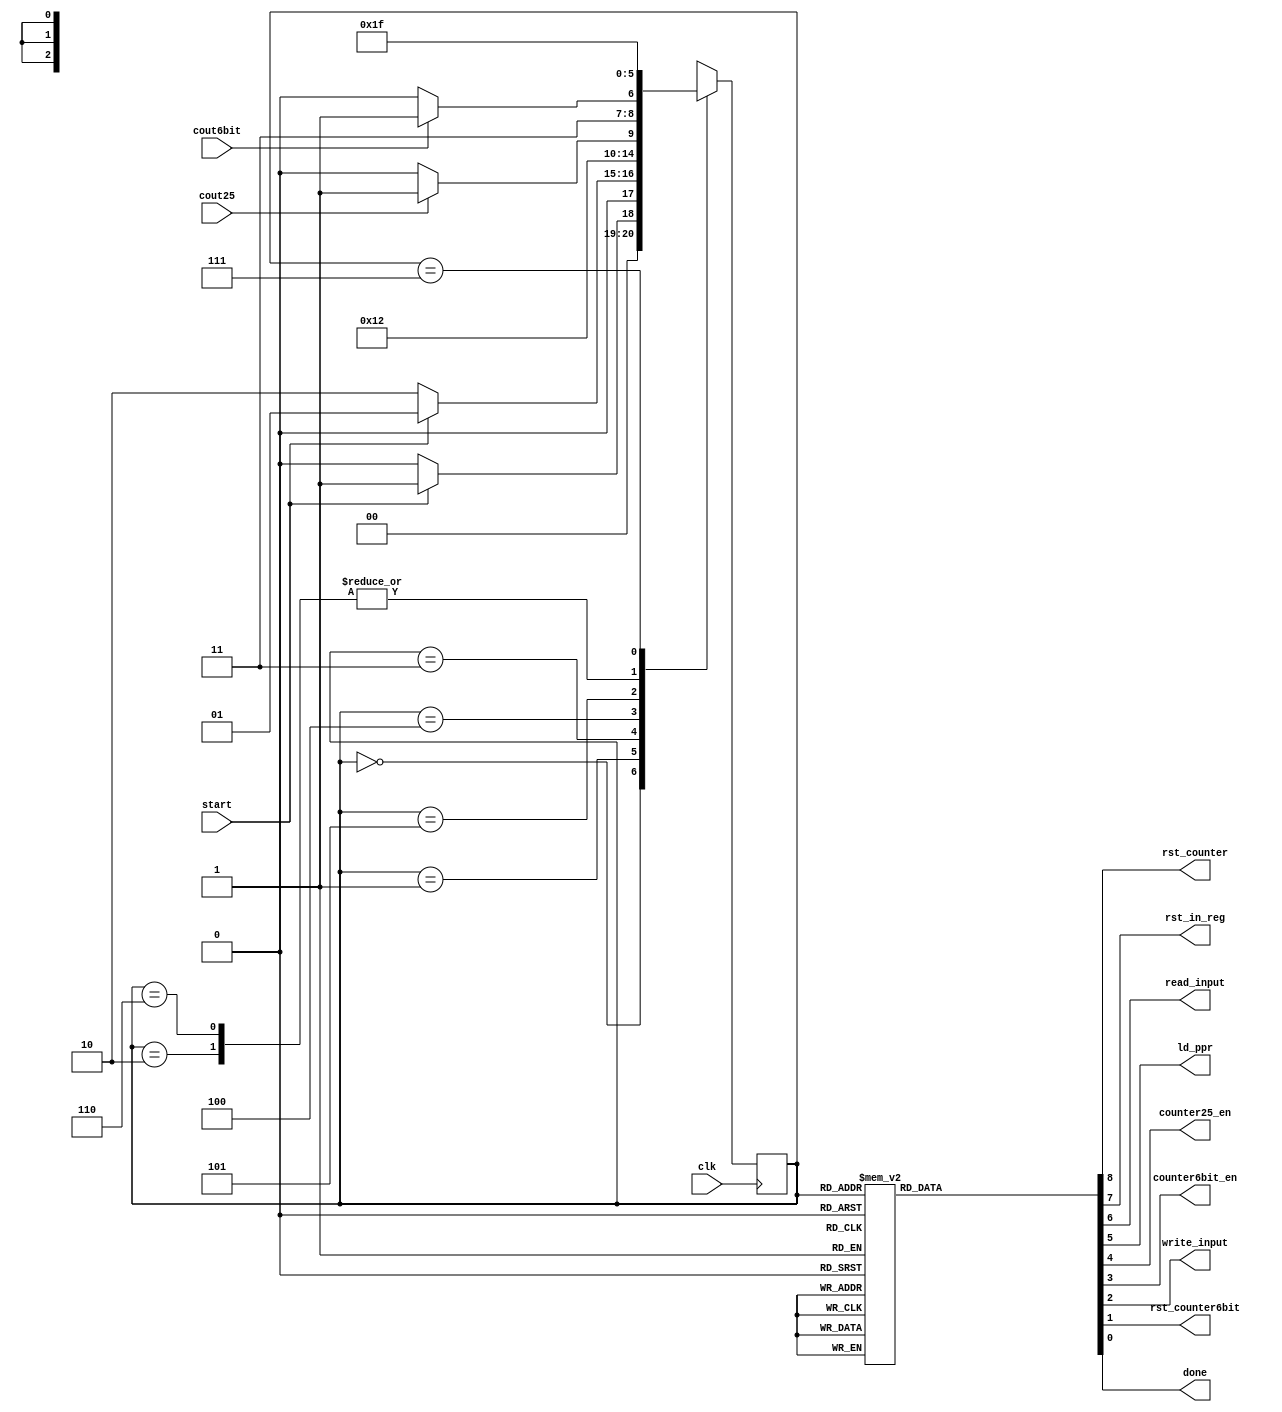
`timescale 1ns/1ns

module cu
(
    start,
    clk,
    cout25,
    cout6bit,
    rst_counter,
    rst_in_reg,
    read_input,
    ld_ppr,
    counter25_en,
    counter6bit_en,
    write_input,
    rst_counter6bit,
    done
);
    input start, clk, cout25, cout6bit;
    output reg rst_counter, rst_in_reg, read_input, ld_ppr, counter25_en, write_input, done, counter6bit_en, rst_counter6bit;
    
    reg [2:0] ps, ns;
    parameter Idle = 0,InitCounter = 1,InitReg = 2, ReadFile = 3,Calc = 4, WriteFile = 5, ResetCounter = 6, Finish = 7;
    
    always @(posedge clk) begin
        ps <= ns; 
    end

    always @(ps, start, cout25, cout6bit) begin
        ns = Idle;
        case (ps)
            Idle: ns = start ? InitCounter : Idle;
            InitCounter: ns = start ? InitCounter : InitReg;
            InitReg: ns = ReadFile;
            ReadFile: ns = Calc;
            Calc: ns = cout25 ? WriteFile : Calc;
            WriteFile: ns = cout6bit ? Finish : ResetCounter;
            ResetCounter: ns = ReadFile;
            Finish: ns = Finish;
            default: ns = Idle;
        endcase
    end

    always @(ps, start, cout25, cout6bit) begin
        case (ps)
            Idle:begin
                {rst_counter, rst_in_reg, read_input, ld_ppr, counter25_en, counter6bit_en, write_input, rst_counter6bit, done} <= 9'b000000000;
            end
            InitCounter:begin
                {rst_counter, rst_in_reg, read_input, ld_ppr, counter25_en, counter6bit_en, write_input, rst_counter6bit, done} <= 9'b100000010;
            end
            InitReg:begin
                {rst_counter, rst_in_reg, read_input, ld_ppr, counter25_en, counter6bit_en, write_input, rst_counter6bit, done} <= 9'b010000000;
            end
            ReadFile:begin
                {rst_counter, rst_in_reg, read_input, ld_ppr, counter25_en, counter6bit_en, write_input, rst_counter6bit, done} <= 9'b001100000;
            end
            Calc:begin
                {rst_counter, rst_in_reg, read_input, ld_ppr, counter25_en, counter6bit_en, write_input, rst_counter6bit, done} <= 9'b000010000;
            end
            WriteFile:begin
                {rst_counter, rst_in_reg, read_input, ld_ppr, counter25_en, counter6bit_en, write_input, rst_counter6bit, done} <= 9'b000011100;
            end
            ResetCounter:begin
                {rst_counter, rst_in_reg, read_input, ld_ppr, counter25_en, counter6bit_en, write_input, rst_counter6bit, done} <= 9'b100000000;
            end
            Finish:begin
                {rst_counter, rst_in_reg, read_input, ld_ppr, counter25_en, counter6bit_en, write_input, rst_counter6bit, done} <= 9'b000000001;
            end
        endcase
    end
    assign state = ps;

endmodule